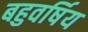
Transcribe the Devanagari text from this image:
बहुवर्षिय